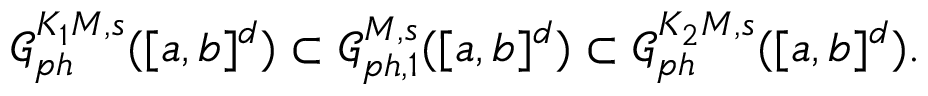
\begin{array} { r } { \mathcal { G } _ { p h } ^ { K _ { 1 } M , s } ( [ a , b ] ^ { d } ) \subset \mathcal { G } _ { p h , 1 } ^ { M , s } ( [ a , b ] ^ { d } ) \subset \mathcal { G } _ { p h } ^ { K _ { 2 } M , s } ( [ a , b ] ^ { d } ) . } \end{array}